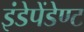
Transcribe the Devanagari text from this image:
इंडेपेंडेण्ट